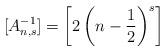
LaTeX: \begin{gather*}[A^{-1}_{n, s}] = \left[2\left(n-\frac{1}{2}\right)^s\right]\end{gather*}